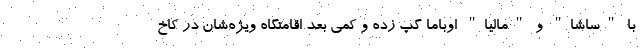
با "ساشا" و "مالیا" اوباما گپ زده و کمی بعد اقامتگاه ویژه‌شان در کاخ